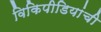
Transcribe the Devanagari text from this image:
विकिपीडियांची